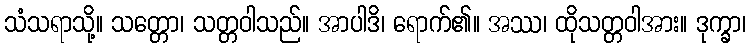
သံသရာသို့။ သတ္တော၊ သတ္တဝါသည်။ အာပါဒိ၊ ရောက်၏။ အဿ၊ ထိုသတ္တဝါအား။ ဒုက္ခာ၊